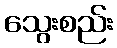
သွေးစည်း